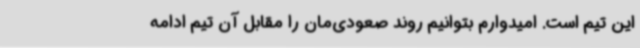
این تیم است. امیدوارم بتوانیم روند صعودی‌مان را مقابل آن تیم ادامه